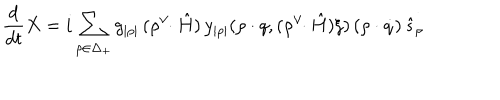
{ \frac { d } { d t } } X = i \sum _ { \rho \in \Delta _ { + } } g _ { | \rho | } \, ( \rho ^ { \vee } \! \! \cdot \hat { H } ) \, y _ { | \rho | } ( \rho \cdot q , ( \rho ^ { \vee } \! \! \cdot \hat { H } ) \xi ) \, ( \rho \cdot \dot { q } ) \, \hat { s } _ { \rho }